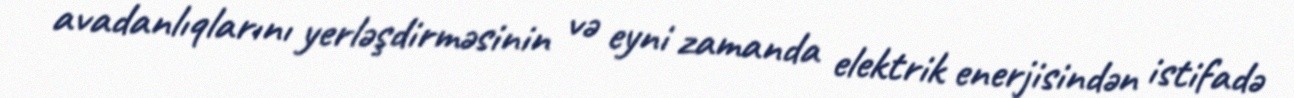
avadanlıqlarını yerləşdirməsinin və eyni zamanda elektrik enerjisindən istifadə